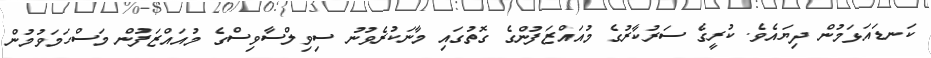
ކަނޑައަޅަމުން ދިޔައެވެ. ކުރީގެ ސަރުކާރުގެ މުއައްޒަފުންގެ ގޮތުގައި މާނަކުރެވުނު ސިވިލްސާވިސްގެ މުއައްޒަފުން މަސްހަމަވުމުން